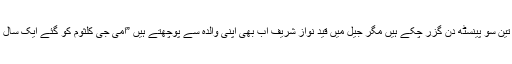
اس بات کو تین سو پینسٹھ دن گزر چکے ہیں مگر جیل میں قید نواز شریف اب بھی اپنی والدہ سے پوچھتے ہیں ”امی جی کلثوم کو گئے ایک سال ہو بھی گیا؟